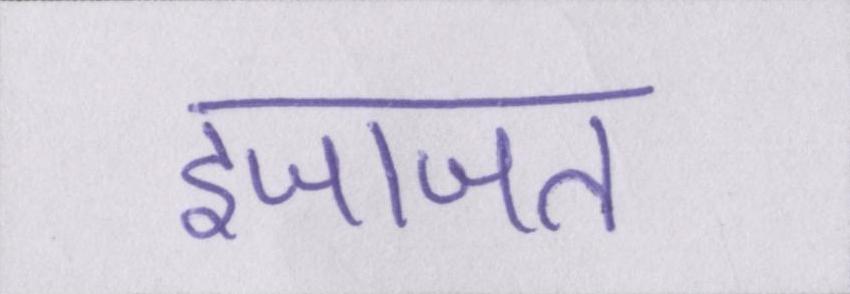
इजाजत